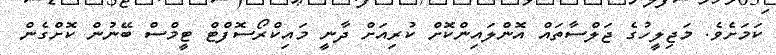
ކަމަށެވެ. މަޖިލީހުގެ ޖަލްސާތައް އޮންލައިންކޮށް ކުރިއަށް ދާނީ މައިކްރޯސޮފްޓް ޓީމްސް ބޭނުން ކޮށްގެން